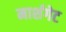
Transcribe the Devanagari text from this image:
मार्शगेट